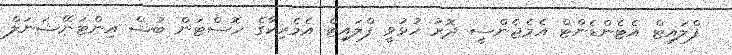
ފްލައިޓް އެޓެންޑެންޓް އެމެޖެންސީ ދޮރު ހުޅުވީ ފްލައިޓް އެމެރިކާގެ ހޮސްޓަން ބުޝް އިންޓަނޭޝަނަލް